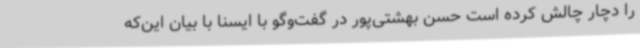
را دچار چالش کرده است حسن بهشتی‌پور در گفت‌وگو با ایسنا با بیان این‌که